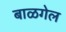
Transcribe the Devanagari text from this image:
बाळगेल